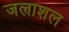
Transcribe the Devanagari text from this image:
जलाशल